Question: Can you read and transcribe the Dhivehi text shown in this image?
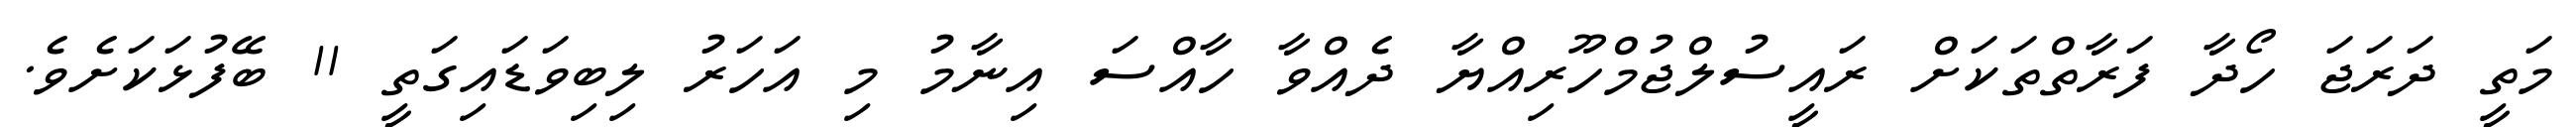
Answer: މަތީ ދަރަޖަ ހޯދާ ފަރާތްތަކަށް ރައީސުލްޖުމްހޫރިއްޔާ ދެއްވާ ހާއްސަ އިނާމު މި އަހަރު ލިބިވަޑައިގަތީ 11 ބޭފުޅަކަށެވެ.